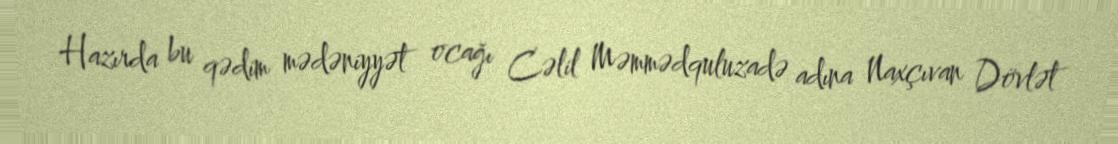
Hazırda bu qədim mədəniyyət ocağı Cəlil Məmmədquluzadə adına Naxçıvan Dövlət